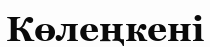
Көлеңкені